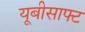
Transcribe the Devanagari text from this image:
यूबीसाफ्ट